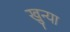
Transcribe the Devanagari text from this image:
खुन्या